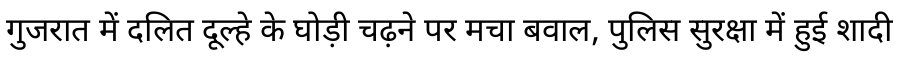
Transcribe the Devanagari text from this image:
गुजरात में दलित दूल्हे के घोड़ी चढ़ने पर मचा बवाल, पुलिस सुरक्षा में हुई शादी